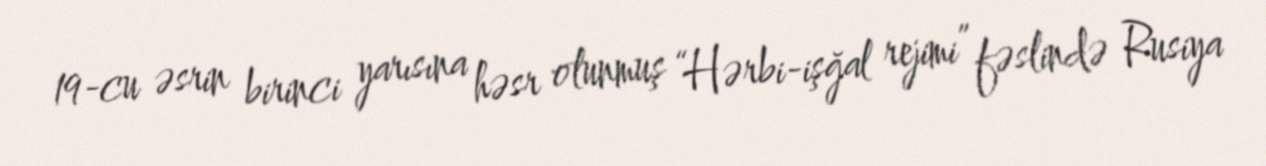
19-cu əsrin birinci yarısına həsr olunmuş “Hərbi-işğal rejimi” fəslində Rusiya